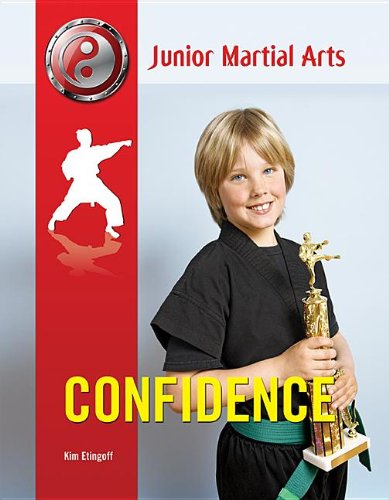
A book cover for Confidence (Junior Martial Arts); Kim Etingoff; Teen & Young Adult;